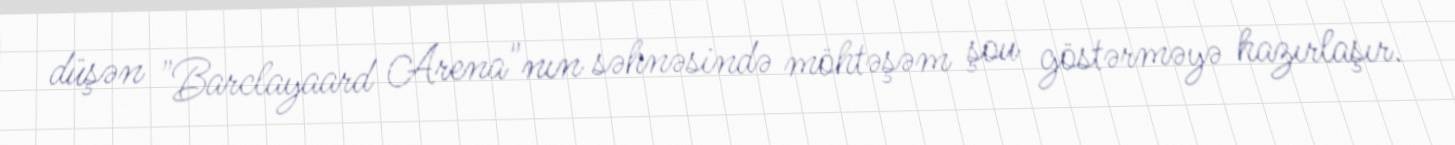
düşən "Barclayaard Arena"nın səhnəsində möhtəşəm şou göstərməyə hazırlaşır.